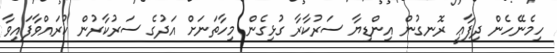
ހިމެނޭހެން ދިފާޢީ ރޮނގުން އިންޑިޔާ ސަރުކާރާ ގުޅިގެން މިހާތަނަށް އަދުގެ ސަރުކާރުން ކުރައްވާފައިވާ